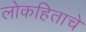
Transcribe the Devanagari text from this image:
लोकहिताचे